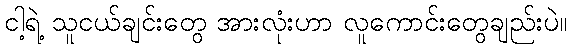
ငါ့ရဲ့ သူငယ်ချင်းတွေ အားလုံးဟာ လူကောင်းတွေချည်းပဲ။